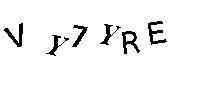
VY7YRE